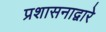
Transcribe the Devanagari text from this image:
प्रशासनाद्वारे